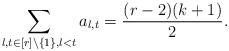
LaTeX: \begin{align*} \sum_{l,t \in [r] \setminus \{ 1 \}, l<t} a_{l,t} = \frac{(r-2)(k+1)}{2}.\end{align*}